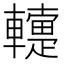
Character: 䡹